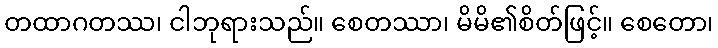
တထာဂတဿ၊ ငါဘုရားသည်။ စေတဿာ၊ မိမိ၏စိတ်ဖြင့်။ စေတော၊